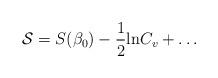
LaTeX: \begin{align*}{\cal S}=S(\beta_0)-\frac{1}{2}{\rm ln }{C_v}+\ldots\end{align*}